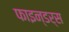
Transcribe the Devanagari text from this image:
फाइन्डर्स